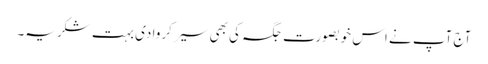
آج آپ نے اس خوبصورت جگہ کی بھی سیر کروا دی بہت شکریہ۔